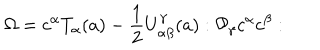
LaTeX: \Omega = c ^ { \alpha } T _ { \alpha } ( a ) - { \frac { 1 } { 2 } } U _ { \alpha \beta } ^ { \gamma } ( a ) : { \cal P _ { \gamma } } c ^ { \alpha } c ^ { \beta } :